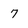
Character: 7